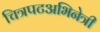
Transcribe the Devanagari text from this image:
चित्रपटअभिनेत्री